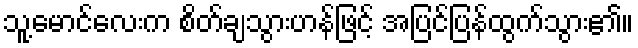
သူ့မောင်လေးက စိတ်ချသွားဟန်ဖြင့် အပြင်ပြန်ထွက်သွား၏။